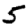
Digit: 5